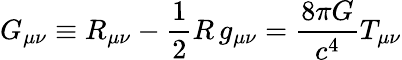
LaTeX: G_{\mu\nu}\equiv R_{\mu\nu}-{\frac{\textstyle 1}{2}}R\, g_{\mu\nu}={\frac{8\pi G}{c^{4}}}T_{\mu\nu}